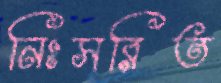
নিঃসরিত